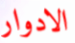
الادوار